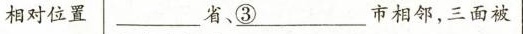
相对位置 _省、\underline{③}___市相邻，三面被